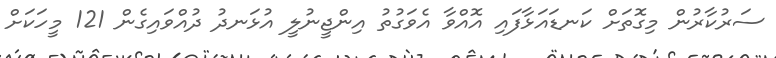
ސަރުކާރުން މިގޮތަށް ކަނޑައަޅާފައި އޮއްވާ އެވަގުތު އިންޖީނުލީ އުޅަނދު ދުއްވައިގެން 121 މީހަކަށް